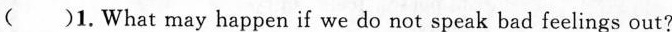
( )1.What may happen if we do not speak bad feelings out?